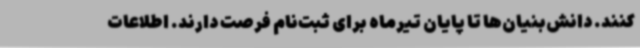
کنند. دانش‌بنیان‌ها تا پایان تیرماه برای ثبت‌نام فرصت دارند. اطلاعات